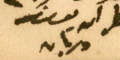
المطران يوسف دريان